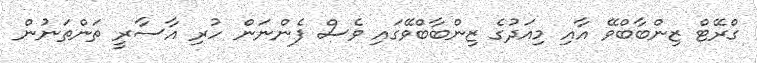
ގްރޭޓް ޒިންބާބްވޭ އާއި މިއަދުގެ ޒިންބާބްވޭގައި ވެސް ފެންނަން ހުރި އާސާރީ ތަންތަނުން